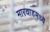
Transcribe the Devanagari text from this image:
मारवाडमध्ये